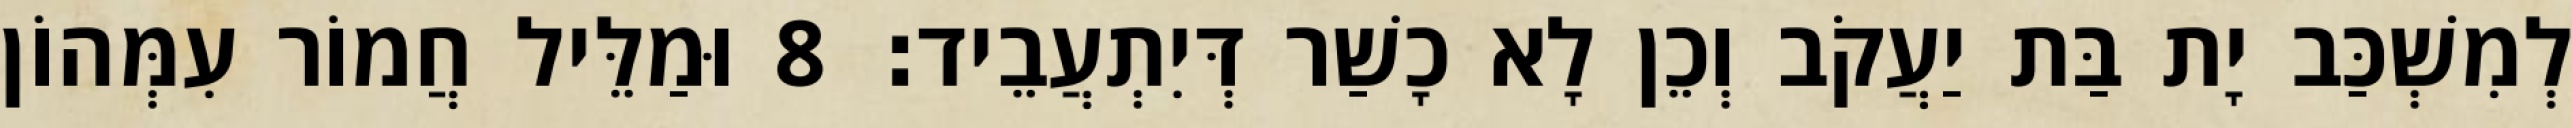
לְמִשְׁכַּב יָת בַּת יַעֲקֹב וְכֵן לָא כָשַׁר דְּיִתְעֲבֵיד׃ 8 וּמַלֵּיל חֲמוֹר עִמְּהוֹן